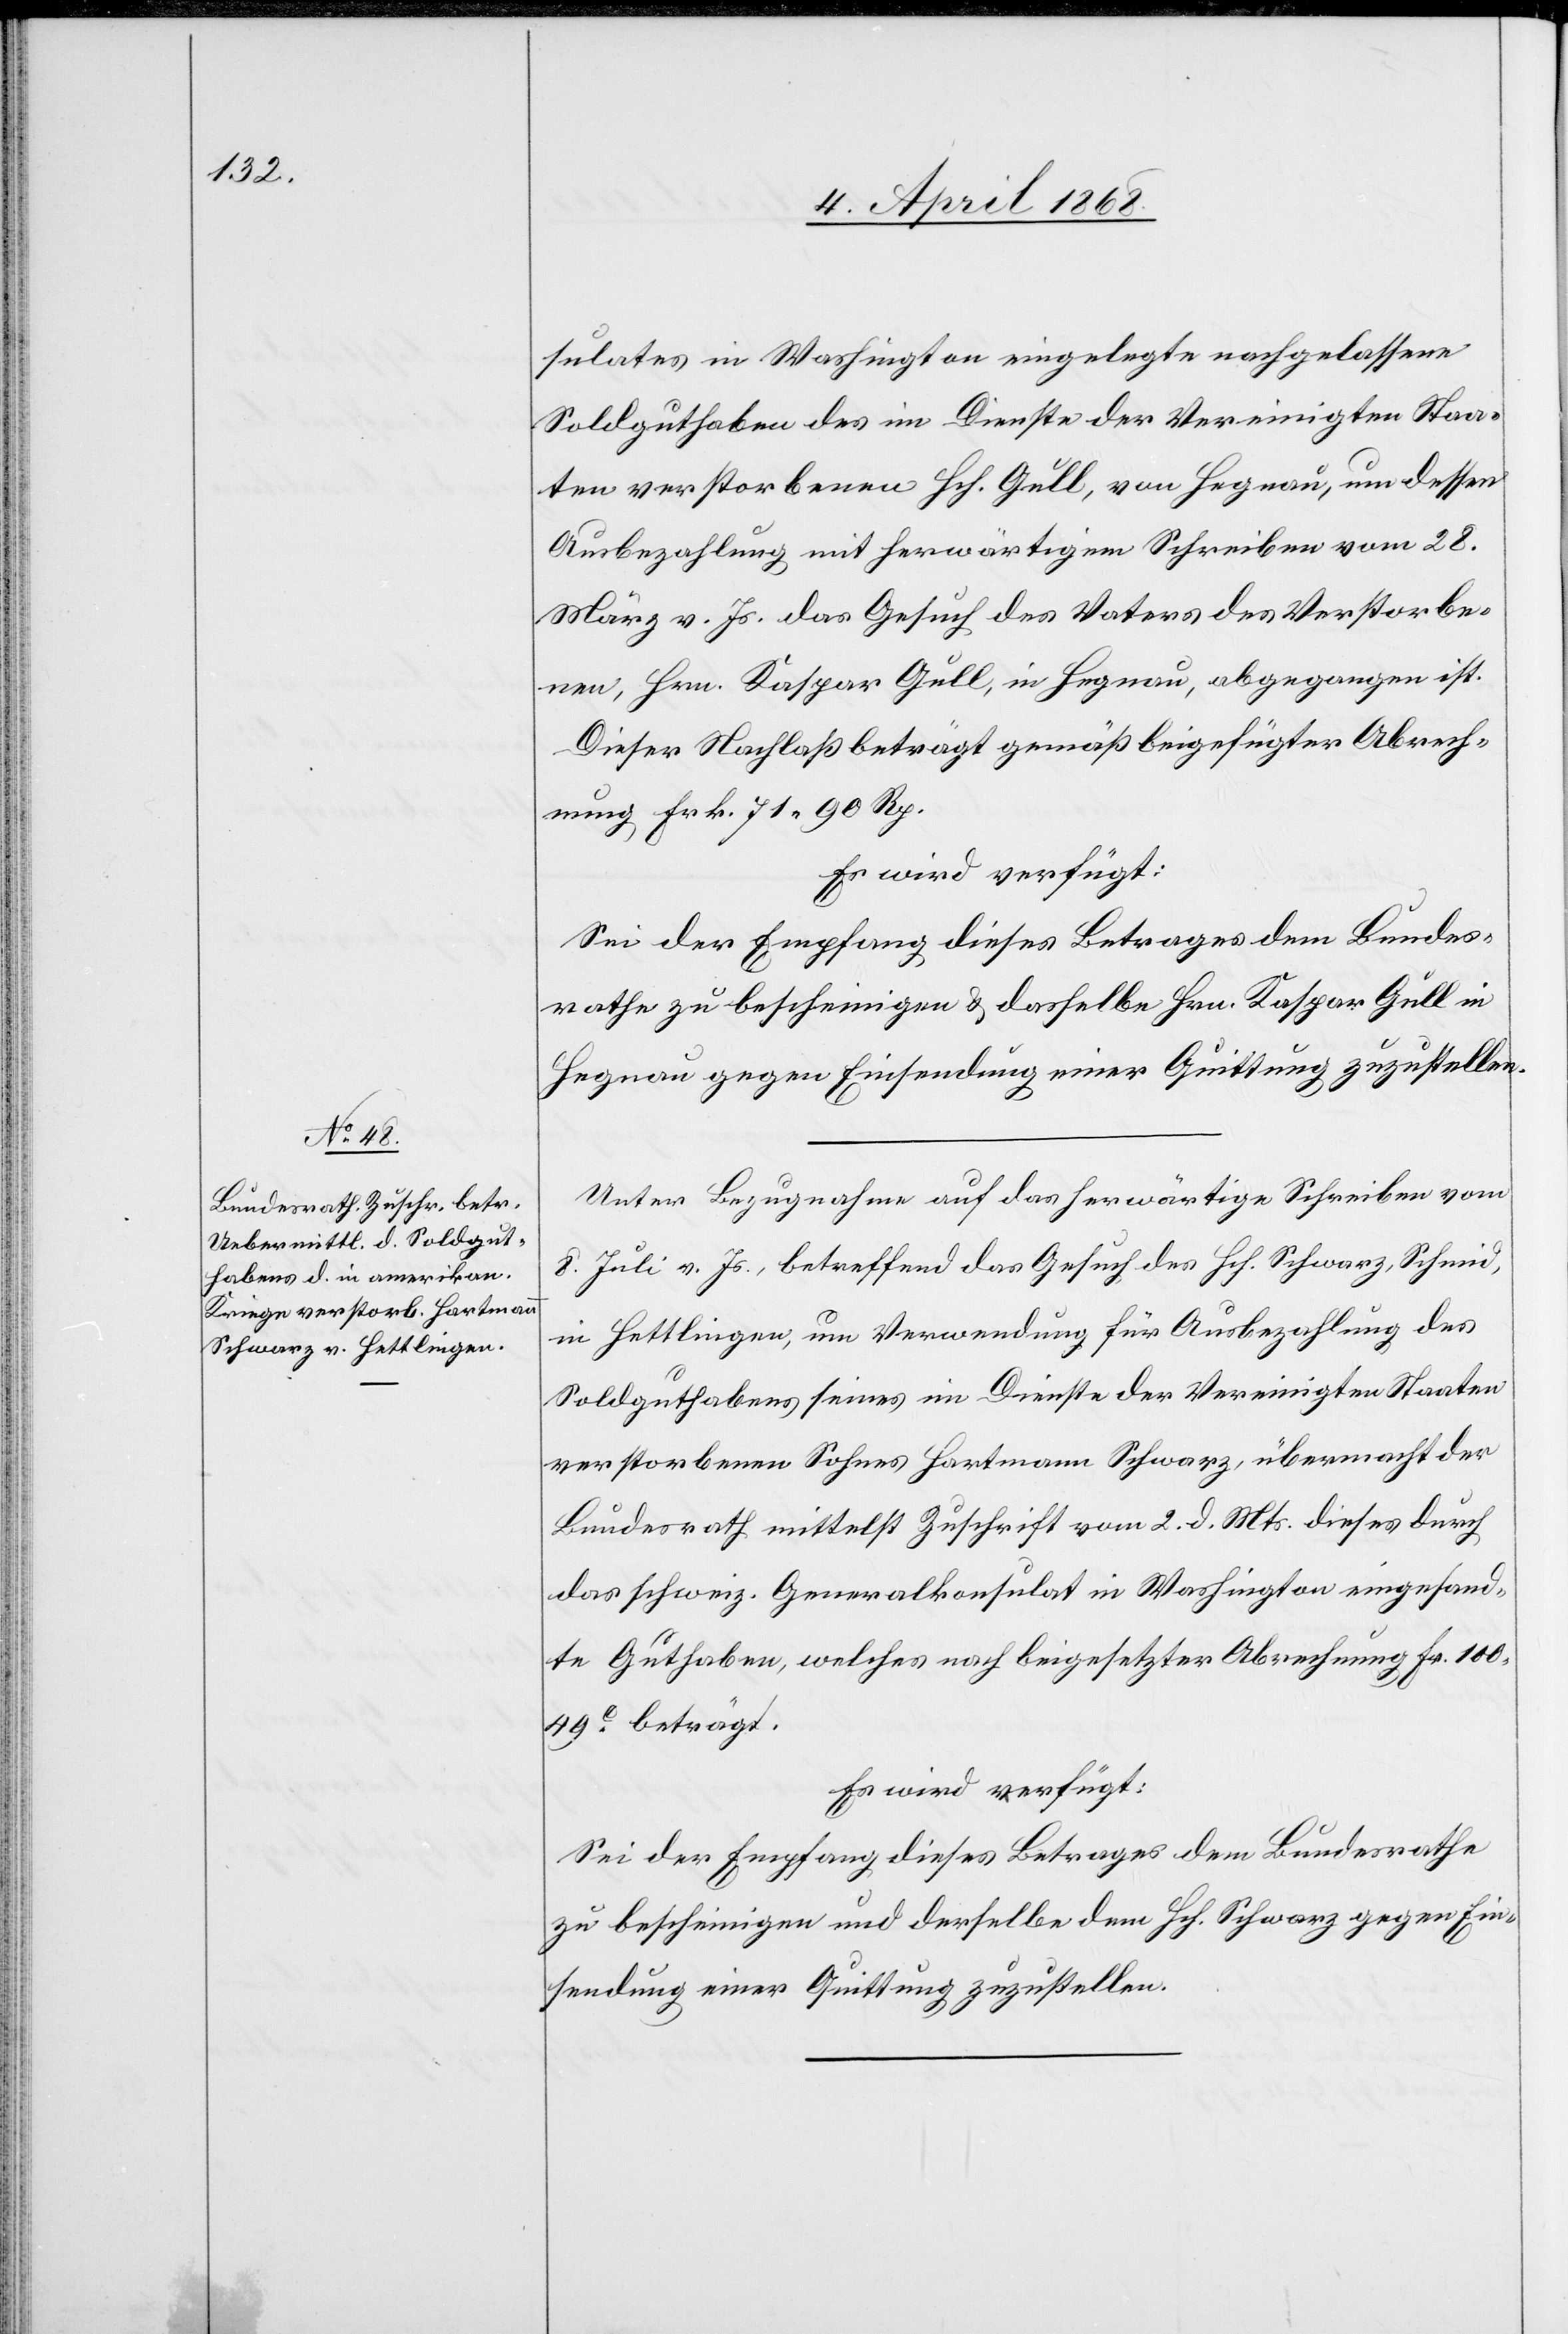
5. April 1868.]
sulates in Washington eingelegte nachgelassene
Soldguthaben des im Dienste der Vereinigten Staa¬
ten verstorbenen Hch. Gull, von Hegnau, um dessen
Ausbezahlung mit herwärtigem Schreiben vom 28.
März v. Js. das Gesuch des Vaters des Verstorbe¬
nen, Hrn. Kaspar Gull, in Hegnau, abgegangen ist.
Dieser Nachlaß beträgt gemäß beigefügter Abrech¬
nung Frk. 71. 90 Rp.
Es wird verfügt:
Sei der Empfang dieses Betrages dem Bundes¬
rathe zu bescheinigen & dasselbe [recte: derselbe]
Hegnau gegen Einsendung einer Quittung zuzustellen.
Unter Bezugnahme auf das herwärtige Schreiben vom
8. Juli v. Js., betreffend das Gesuch des Hch. Schwarz, Schmid,
in Hettlingen, um Verwendung für Ausbezahlung des
Soldguthabens seines im Dienste der Vereinigten Staaten
verstorbenen Sohnes Hartmann Schwarz, übermacht der
Bundesrath mittelst Zuschrift vom 2. d. Mts. dieses durch
das schweiz. Generalkonsulat in Washington eingesand¬
te Guthaben, welches nach beigesetzter Abrechnung Fr. 100.
49C. beträgt.
Es wird verfügt:
Sei der Empfang dieses Betrages dem Bundesrathe
zu bescheinigen und derselbe dem Hch. Schwarz gegen Ein¬
sendung einer Quittung zuzustellen.